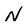
Character: N